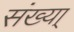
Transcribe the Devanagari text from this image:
संख्या्